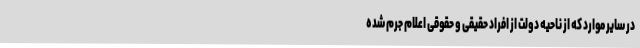
در سایر موارد که از ناحیه دولت از افراد حقیقی و حقوقی اعلام جرم شده